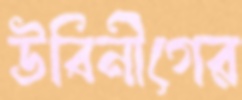
উবিনীগের